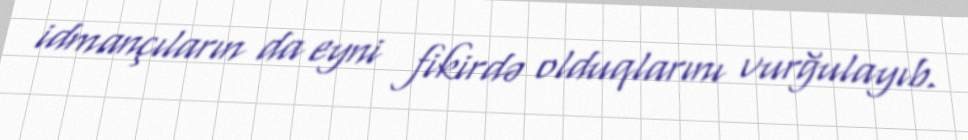
idmançıların da eyni fikirdə olduqlarını vurğulayıb.